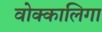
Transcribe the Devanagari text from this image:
वोक्कालिगा